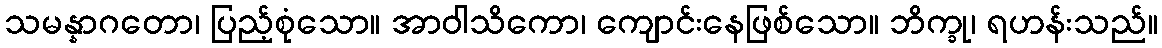
သမန္နာဂတော၊ ပြည့်စုံသော။ အာဝါသိကော၊ ကျောင်းနေဖြစ်သော။ ဘိက္ခု၊ ရဟန်းသည်။